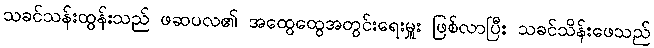
သခင်သန်းထွန်းသည် ဖဆပလ၏ အထွေထွေအတွင်းရေးမှူး ဖြစ်လာပြီး သခင်သိန်းဖေသည်